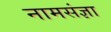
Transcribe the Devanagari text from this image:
नामसंज्ञा